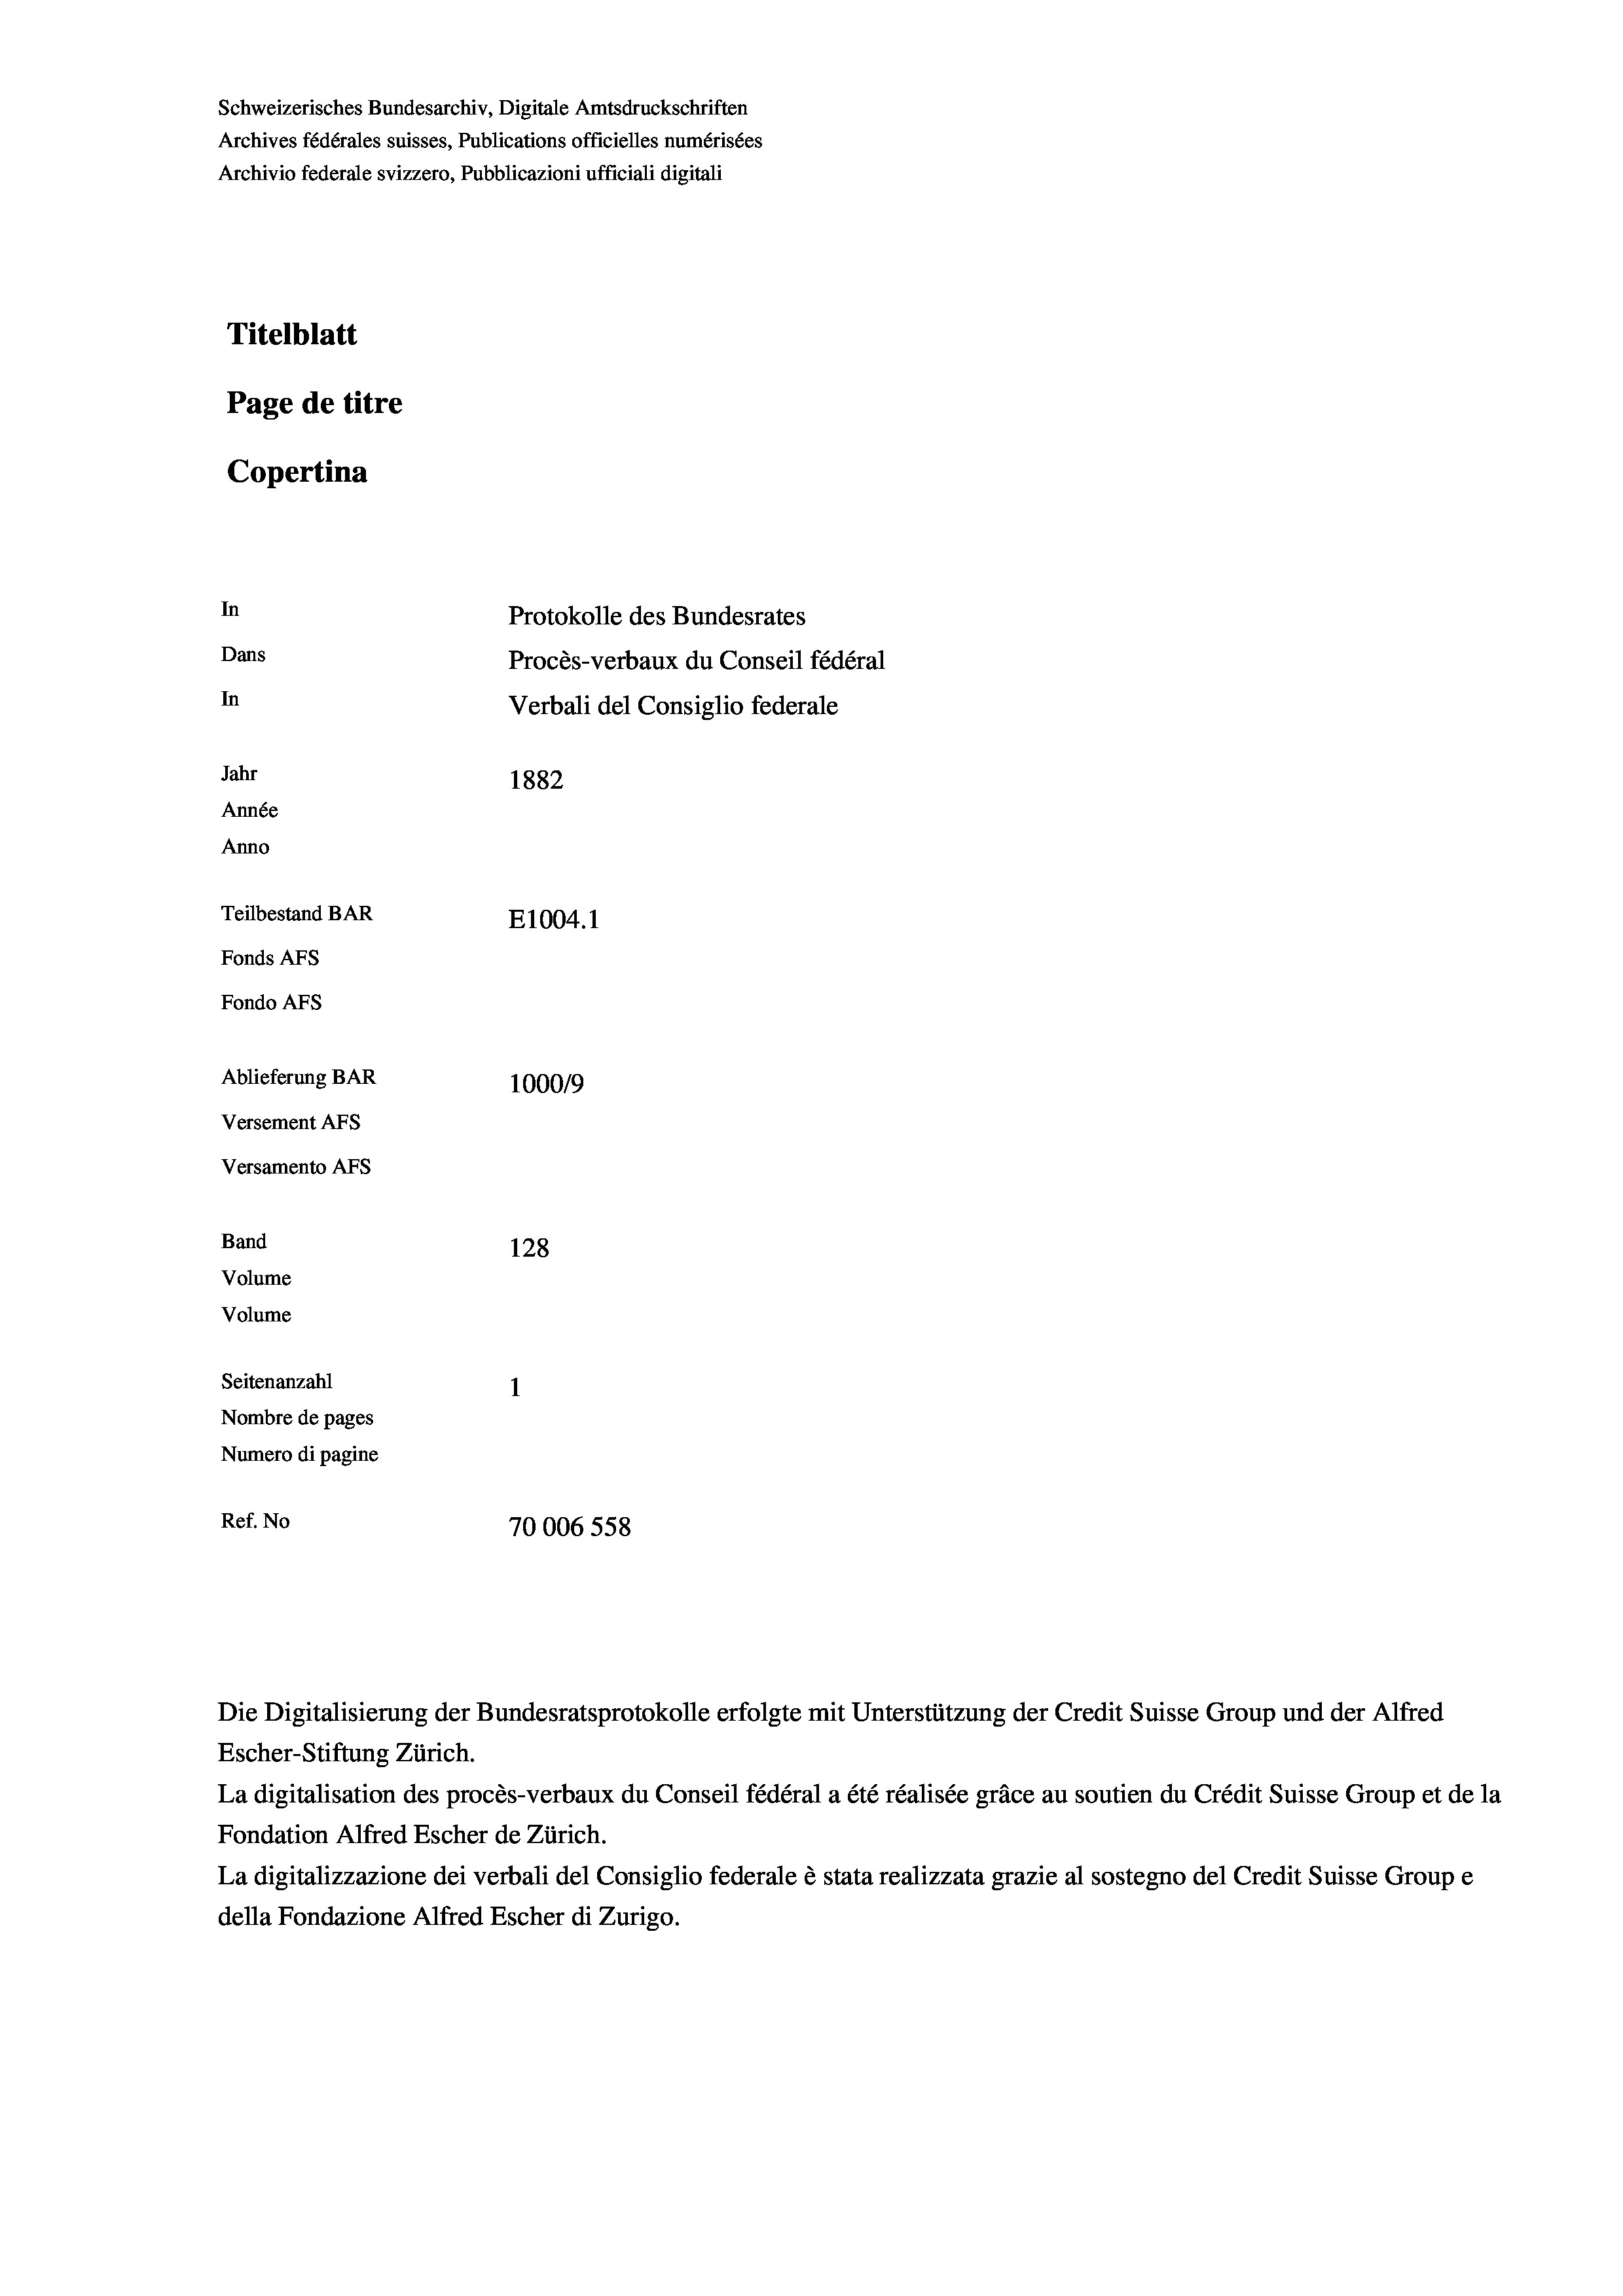
Schweizerisches Bundesarchiv, Digitale Amtsdruckschriften
Archives fédérales suisses, Publications officielles numérisées
Archivio federale svizzero, Pubblicazioni ufficiali digitali
Titelblatt
Page de titre
Copertina

In
Protokolle des Bundesrates
Dans
Procès-verbaux du Conseil fédéral
In
Verbali del Consiglio federale
Jahr
1882
Année

Teilbestand BAR
E1004.1
Fonds Afs
Fondo AFs
Ablieferung BAR
100019
Versement AFS
Versamento Afs
Band
128
Volume
Volume
Seitenanzahl
Nombre de pages
Numero di pagine
Ref. No
70006 558

Anno

Die Digitalisierung der Bundesratsprotokolle erfolgte mit Unterstützung der Credit Suisse Group und der Alfred
Escher-Stiftung Zürich.
La digitalisation des procès-verbaux du Conseil fédéral a été réalisée gräce au soutien du Crédit Suisse Group et de la
Fondation Alfred Escher de Zürich.
La digitalizzazione dei verbali del Consiglio federale è stata realizzata grazie al sostegno del Credit Suisse Groupe
della Fondazione Alfred Escher di Zurigo.